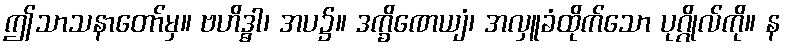
ဤသာသနာတော်မှ။ ဗဟိဒ္ဓါ၊ အပ၌။ ဒက္ခိဏေယျံ၊ အလှူခံထိုက်သော ပုဂ္ဂိုလ်ကို။ န